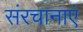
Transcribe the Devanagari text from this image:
संरचानाएं